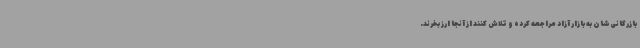
بازرگانی‌شان به بازار آزاد مراجعه کرده و تلاش کنند از آنجا ارز بخرند.